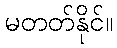
မတတ်နိုင်။